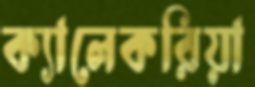
ক্যালেকরিয়া